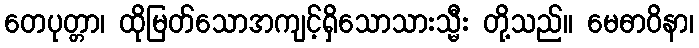
တေပုတ္တာ၊ ထိုမြတ်သောအကျင့်ရှိသောသားသ္မီး တို့သည်။ မေဓာဝိနာ၊